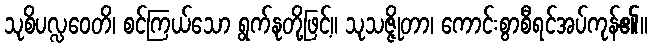
သုစိပလ္လဝေတိ၊ စင်ကြယ်သော ရွက်နုတို့ဖြင့်။ သုသဇ္ဇိုတာ၊ ကောင်းစွာစီရင်အပ်ကုန်၏။